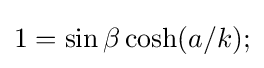
1=\sin \beta \cosh(a/k);